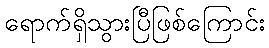
ရောက်ရှိသွားပြီဖြစ်ကြောင်း